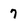
Character: 7